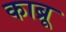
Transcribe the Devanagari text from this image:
काब्रू